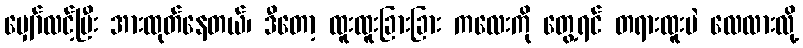
မျှော်လင့်ပြီး အားထုတ်နေတယ်၊ ဒီတော့ ထူးထူးခြားခြား ကလေးကို တွေ့ရင် တရားထူးပဲ လေလားလို့